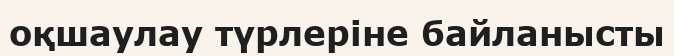
оқшаулау түрлеріне байланысты